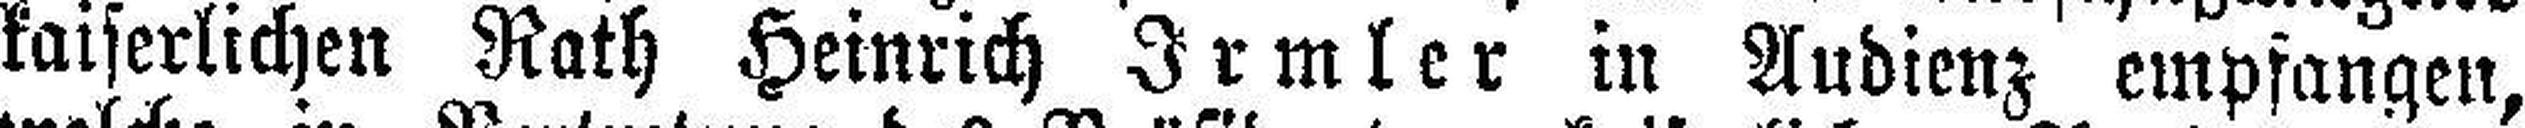
kaiserlichen Rath Heinrich Irmler in Audienz empfangen,